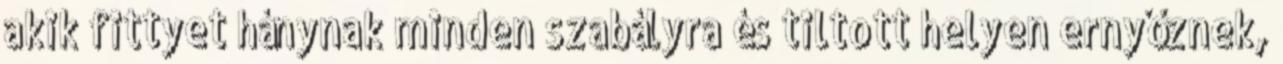
akik fittyet hánynak minden szabályra és tiltott helyen ernyőznek,